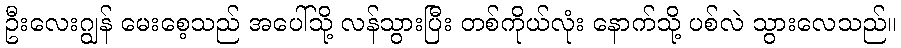
ဦးလေးဂျွန် မေးစေ့သည် အပေါ်သို့ လန်သွားပြီး တစ်ကိုယ်လုံး နောက်သို့ ပစ်လဲ သွားလေသည်။